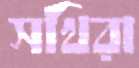
সখিরা